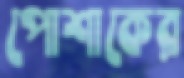
পোশাকের